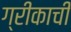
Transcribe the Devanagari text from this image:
ग्रीकाची